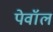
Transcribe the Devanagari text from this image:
पेवॉल